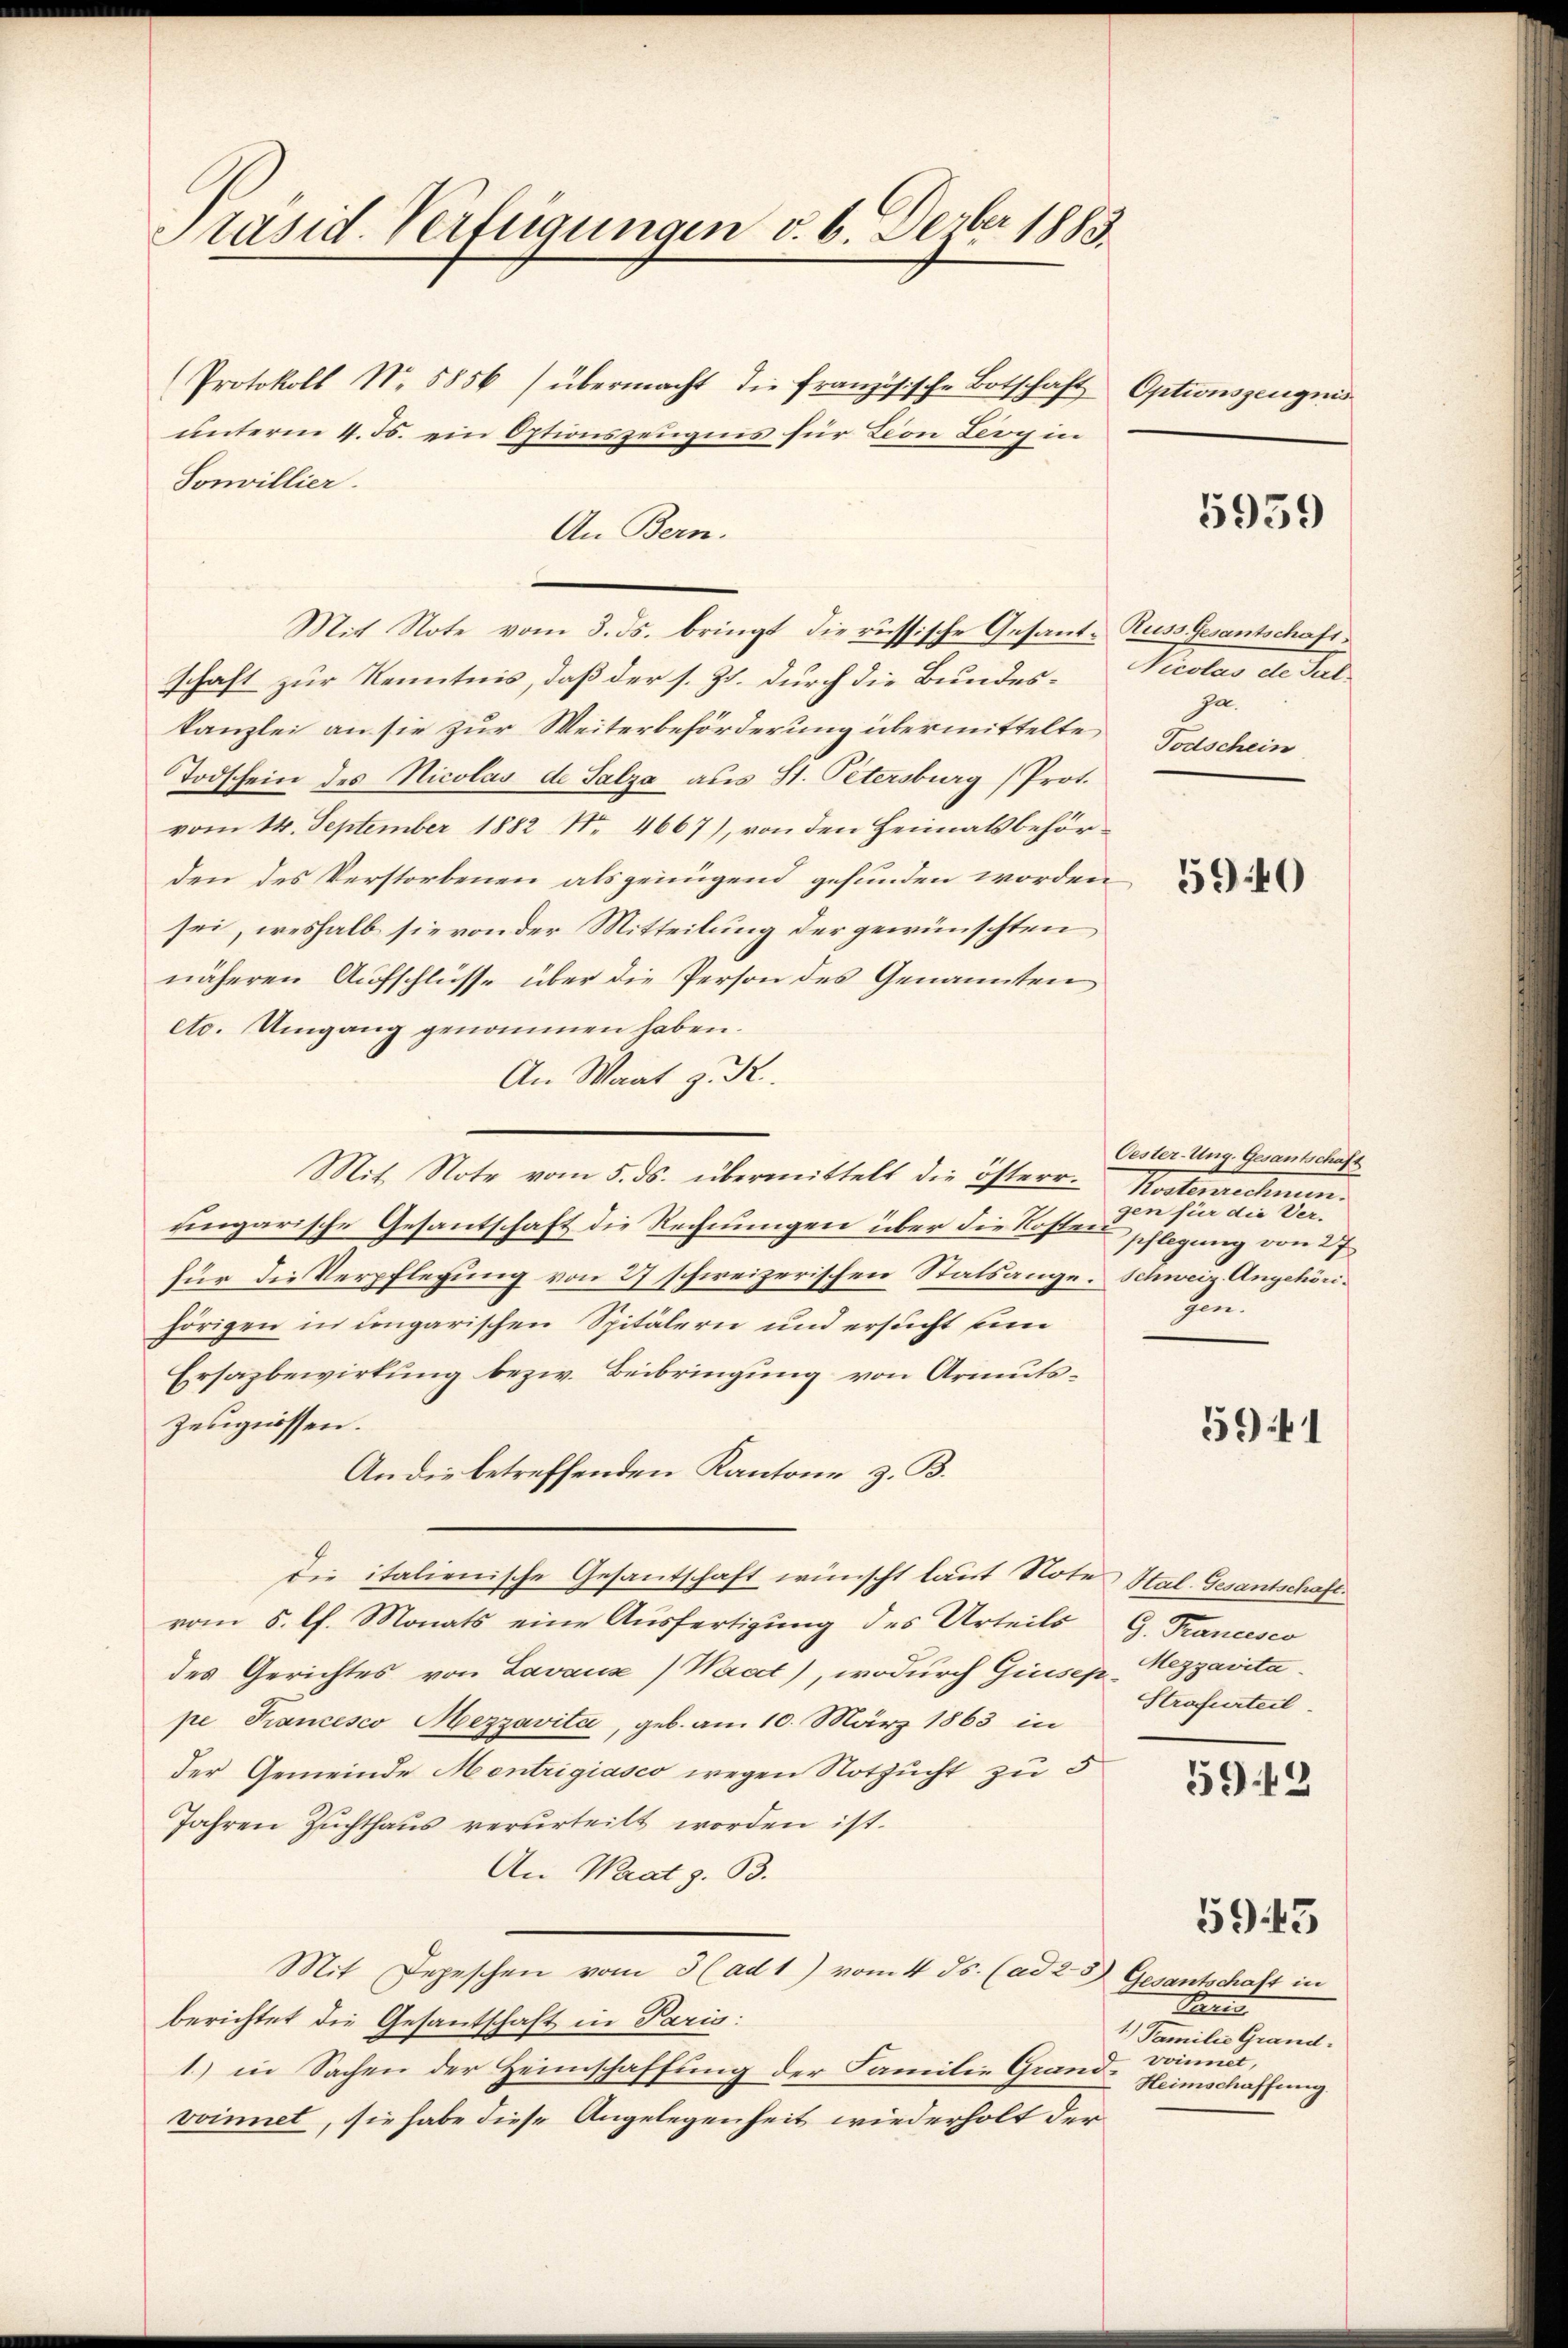
Präsid. Verfügungen v. 6. Dezbr 1883.

Protokoll N. 5856) übermacht die französische Botschaft Optionszeugnis
unterm 4. 55. ein Optionszeugnis für Lion Leeg in
Sonvillier.
An Bern.
Mit Note vom 3. ds. bringt die russische Gesant-Kuss Gesantschaft
schaft zur Kenntnis, daß der s. Zt. durch die Bundeskanzlei an sie zur Weiterbeförderung übermittelte
Todschein des Nicolas de Salza aus St. Petersburg (Prot.
vom 14. September 1882 No 4667), von den Heimatsbehörden des Verstorbenen als genügend gefunden worden,
sei, weshalb sie von der Mitteilung der gewünschten
näheren Aufschlüsse über die Person des Genannten
etc. Umgang genommen haben.
An Wart z. R.
Mit Note vom 5. ds. übermittelt die österr. Kostenrechnun-
ungarische Gesantschaft die Rechnungen über die Kosten schlegung von 27
für die Verpflegung von 27 schweizerischen Statsange-Schweiz Angehörihörigen in congarischen Spitälern und ersucht u
Ersazbewirkung bezw. Beibringung von Armuts¬
Zeugnissen.
An die betreffenden Kantone z. B.
die italienische Gesantschaft wünscht laut Note Hal. Gesantschaft.
vom 8. lt. Monats eine Ausfertigung des Urteils G. Trancesco
des Gerichtes von Lavaux) Waadt), wodurch Giusep Mezgavitape Francesco Mezzavita, geb. am 10. März 1863 in
der Gemeinde Montrigiasco wegen Notzucht zu 5
Jahren Zuchthaus verurteilt worden ist.
An Krat z. B.
Mit Depeschen vom 3 (ad 1) vom 4. ds. (ad 2. 5) Gesantschaft in
berichtet die Gesantschaft in Paris:
1.) in Sachen der Heimschaffung der Familie Grandvoinnet, sie habe diese Angelegenheit wiederholt der

5959

Nicolas de Sal.
ja.
Todschein

5940

Oester-Ung. Gesantschaft
gen für die Ver-
hen.

5941

Strafurteil

5942

Preis
1.) Familie Grand.
voinnet,
Heimschaffung.

5943